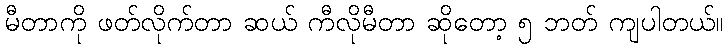
မီတာကို ဖတ်လိုက်တာ ဆယ် ကီလိုမီတာ ဆိုတော့ ၅ ဘတ် ကျပါတယ်။